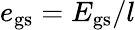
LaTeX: e_{{\mathrm{gs}}}=E_{{\mathrm{gs}}}/l